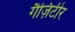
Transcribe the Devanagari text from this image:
गैज़िटीर